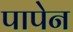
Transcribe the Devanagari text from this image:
पापेन